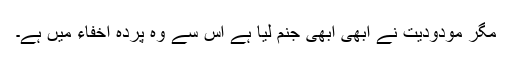
مگر مودودیت نے ابھی ابھی جنم لیا ہے اس سے وہ پردہ اخفاء میں ہے۔